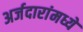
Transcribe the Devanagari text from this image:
अर्जदारांमध्ये